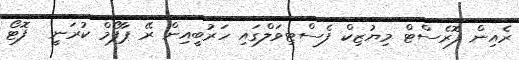
ރެއިން ފޮރެސްޓް މިޔުޒިކް ފެސްޓިވަލްގައި ހަރުބީއިން ރޭ ޕާފޯމް ކުރަނީ  ފޮޓޯ